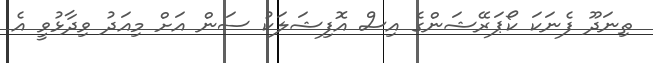
ތިނަދޫ ފެނަކަ ކޯޕަރޭޝަންގެ އިސް އޮފިޝަލަކު ސަން އަށް މިއަދު ވިދާޅުވީ އެ